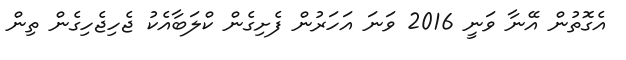
އެގޮތުން އޭނާ ވަނީ 2016 ވަނަ އަހަރުން ފެށިގެން ކްލަބާއެކު ޖެހިޖެހިގެން ތިން